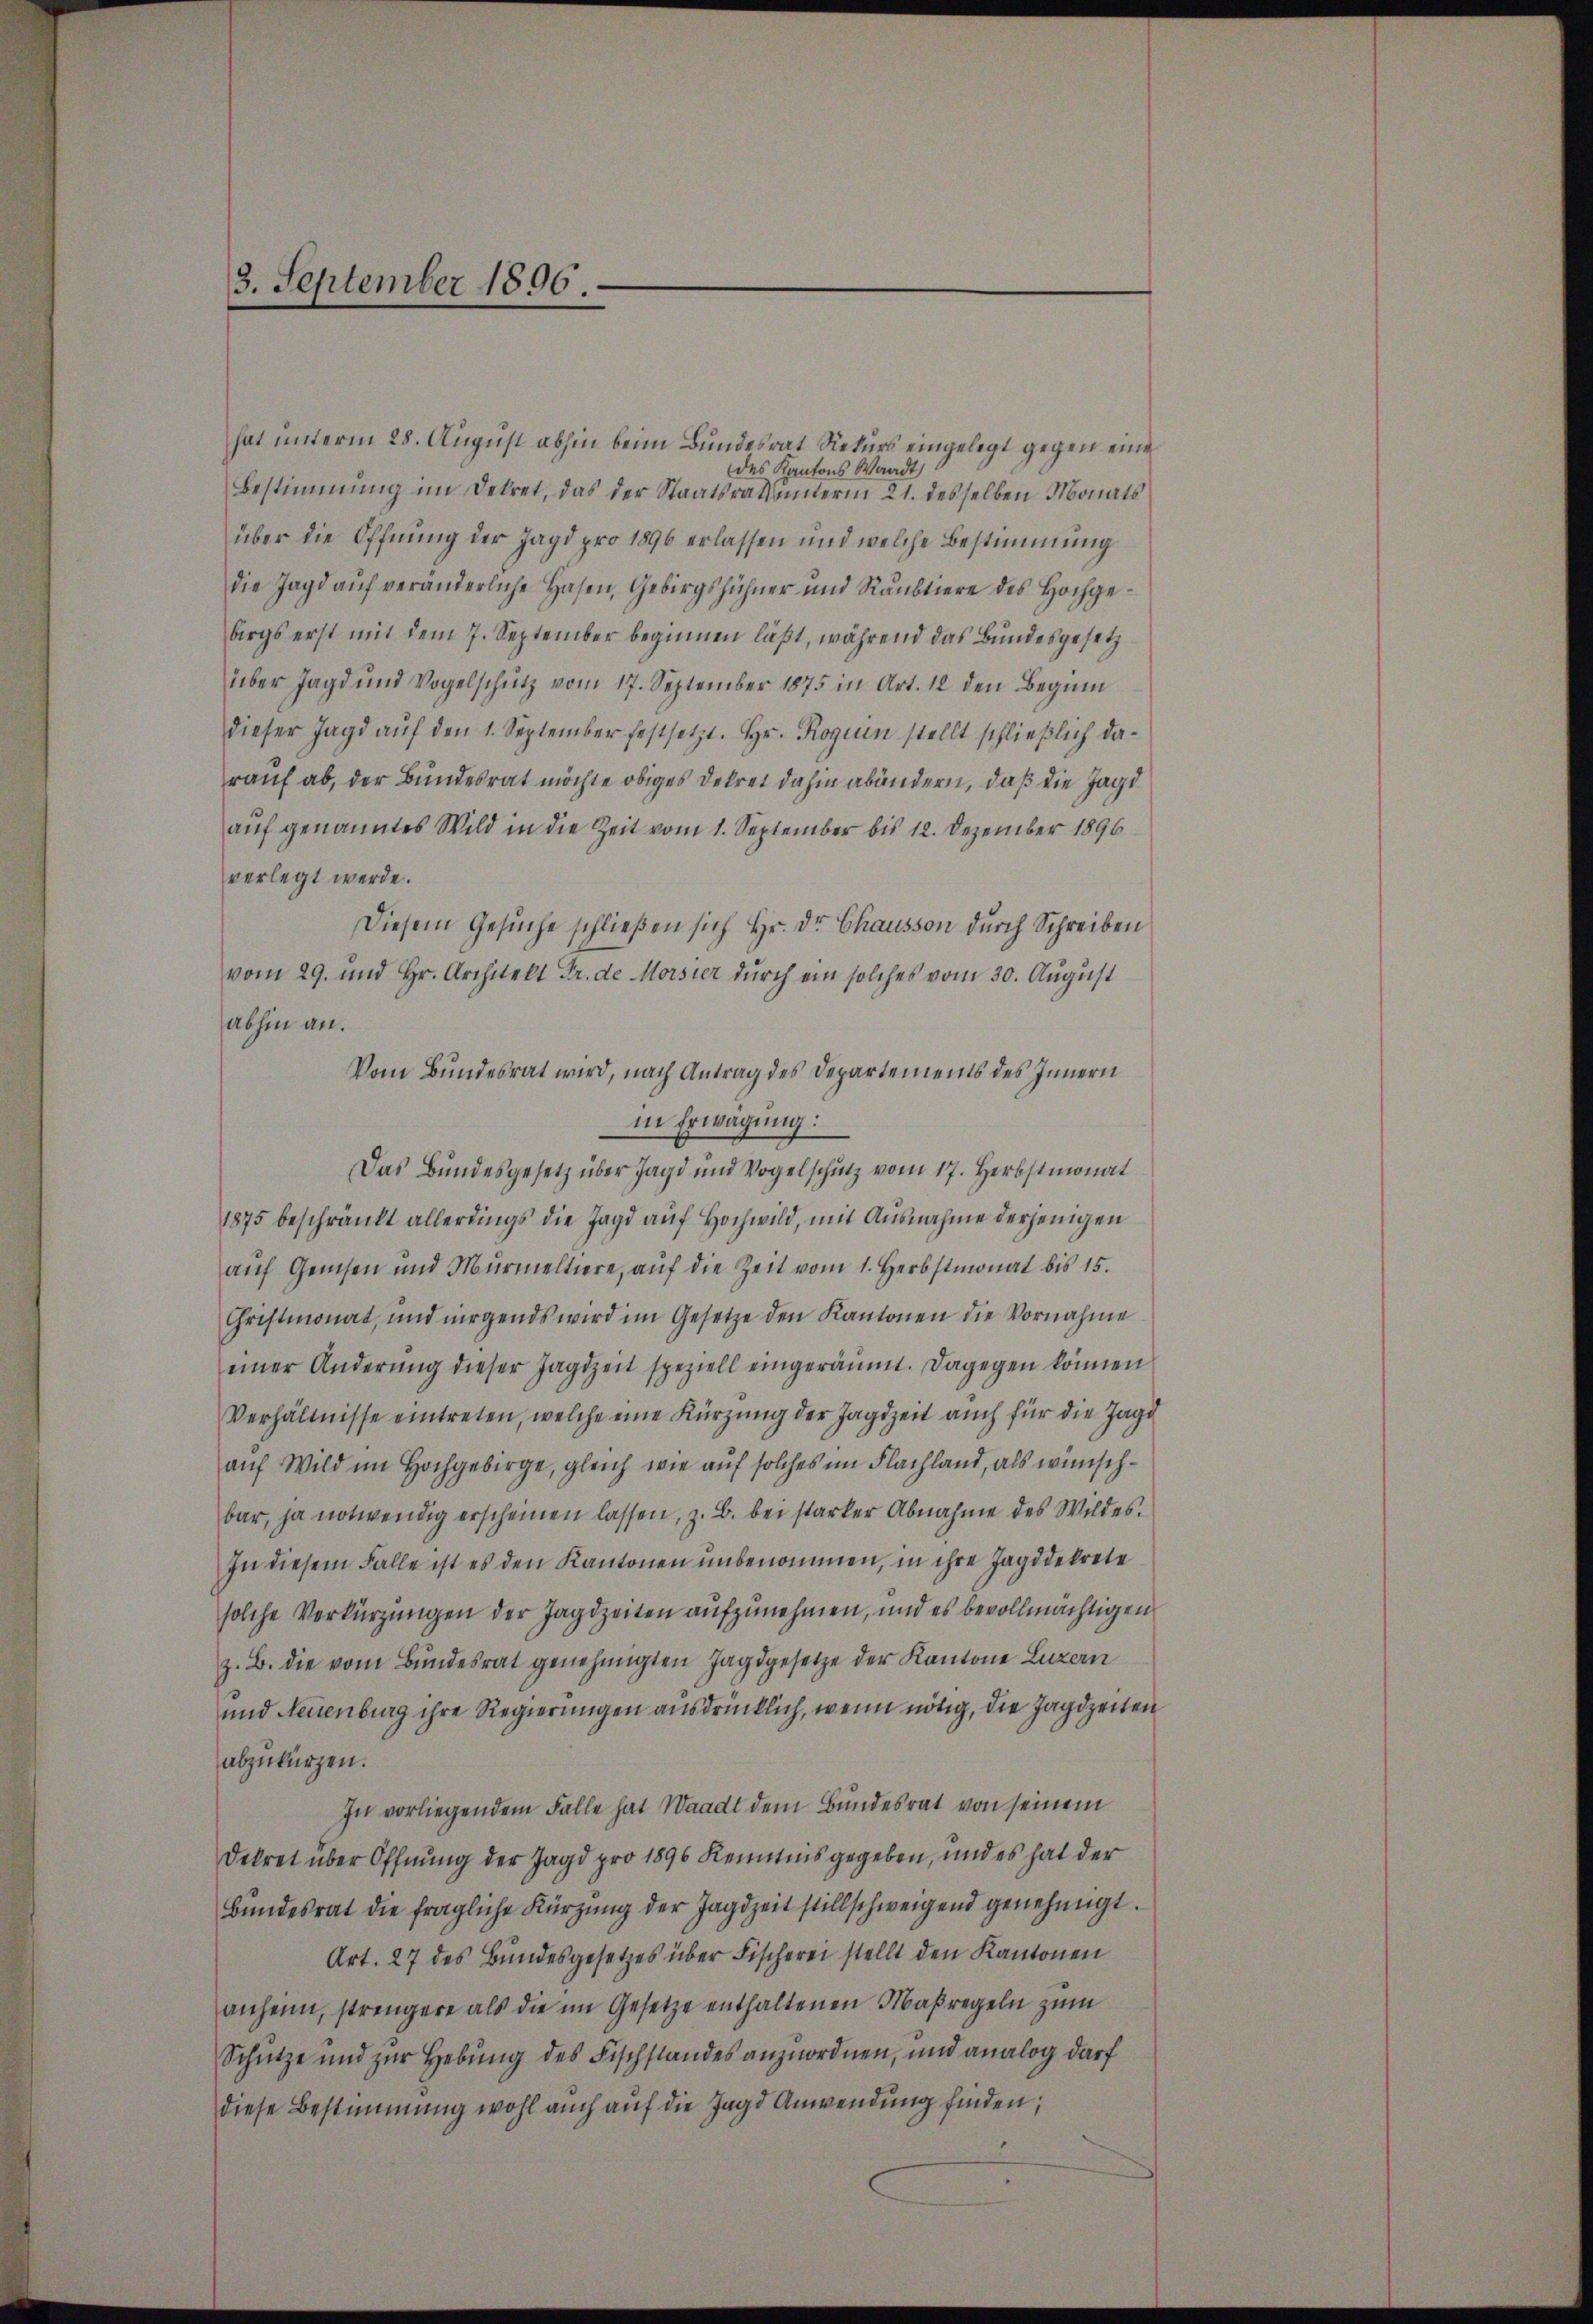
3. September 1896.

hat unterm 28. August abhin beim Bundesrat Rekurs eingelegt gegen eine
des Kantons Waadt,
Bestimmung im Dekret, das der Staatsrathenerm 21. desselben Monats
über die Öffnung der Jagd pro 1896 erlassen und welche Bestimmung
die Jagd aŭf veränderliche Hasen, Gebirgshühner und Raŭbtiere des Hochge-
birgs erst mit dem 7. September beginnen läßt, während das Bundesgesetz
über Jagd und Vogelschütz vom 17. September 1875 in Art. 12 den Beginn
dieser Jagd aŭf den 1. September festsetzt. Hr. Roguin stellt schließlich darauf ab, der Bundesrat möchte obiges Dekret dahin abändern, daß die Jagd
auf genanntes Wild in die Zeit vom 1. September bis 12. Dezember 1896
verlegt werde.
Diesem Gesuche schließen sich Hr. Dr Chausson durch Schreiben
vom 29. und Hr. Architekt Fr. de Morsier dŭrch ein solches vom 30. August
abhin an.
Vom Bundesrat wird, nach Antrag des Departements des Innern
in Erwägung:
Das Bundesgesetz über Jagd und Vogelschutz vom 17. Herbstmonat
1875 beschränkt allerdings die Jagd aŭf Hochwild, mit Ausnahme derjenigen
aŭf Gewesen und Murmeltiere, aŭf die Zeit vom 1. Herbstmonat bis 15.
Christmonat, und nirgends wird im Gesetze den Kantonen die Vornahme
einer Änderŭng dieser Jagdzeit speziell eingeräumt. Dagegen können
Verhältnisse eintreten, welche eine Kürzung der Jagdzeit auch für die Jage
auf Wild im Hochgebirge, gleich wie auf solches im Flachland, als wünschbar, ja notwendig erscheinen lassen, z. B. bei starker Abnahme des Wildes.
In diesem Falle ist es den Kantonen unbenommen, in ihre Jagddekrete
solche Verkürzungen der Jagdzeiten aufzunehmen, und es bevollmächtigen
z. B. die vom Bŭndesrat genehmigten Jagdgesetze der Kantone Luzern
und Neuenburg ihre Regierungen ausdrücklich, wenn nötig, die Jagdzeiten
abzukürzen.
In vorliegendem Falle hat Waadt dem Bundesrat von seinem
Dekret über Öffnung der Jagd pro 1896 Kenntnis gegeben, und es hat der
Bundesrat die fragliche Kürzung der Jagdzeit stillschweigend genehmigt.
Art. 27 des Bundesgesetzes über Fischerei stellt den Kantonen
anheim, strengere als die im Gesetze enthaltenen Maßregeln zum
Schütze und zur Hebung des Fischstandes anzuordnen, und analog darf
diese Bestimmung wohl auch auf die Jagd Anwendung finden,